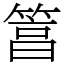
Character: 䈞